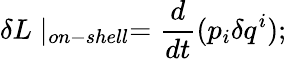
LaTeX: \delta L\mid_{on-shell}=\frac{d}{dt}(p_{i}\delta q^{i});